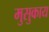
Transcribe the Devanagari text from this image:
मुसुकाय